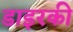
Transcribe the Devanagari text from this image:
डाइरकी